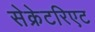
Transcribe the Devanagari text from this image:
सेक्रेटरिएट